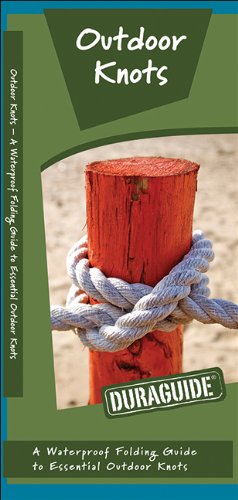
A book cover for Outdoor Knots: A Waterproof  Guide to Essential Outdoor Knots (Duraguide Series); James Kavanagh; Crafts, Hobbies & Home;